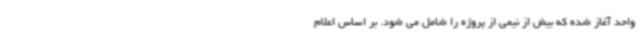
واحد آغاز شده که بیش از نیمی از پروژه را شامل می شود. بر اساس اعلام